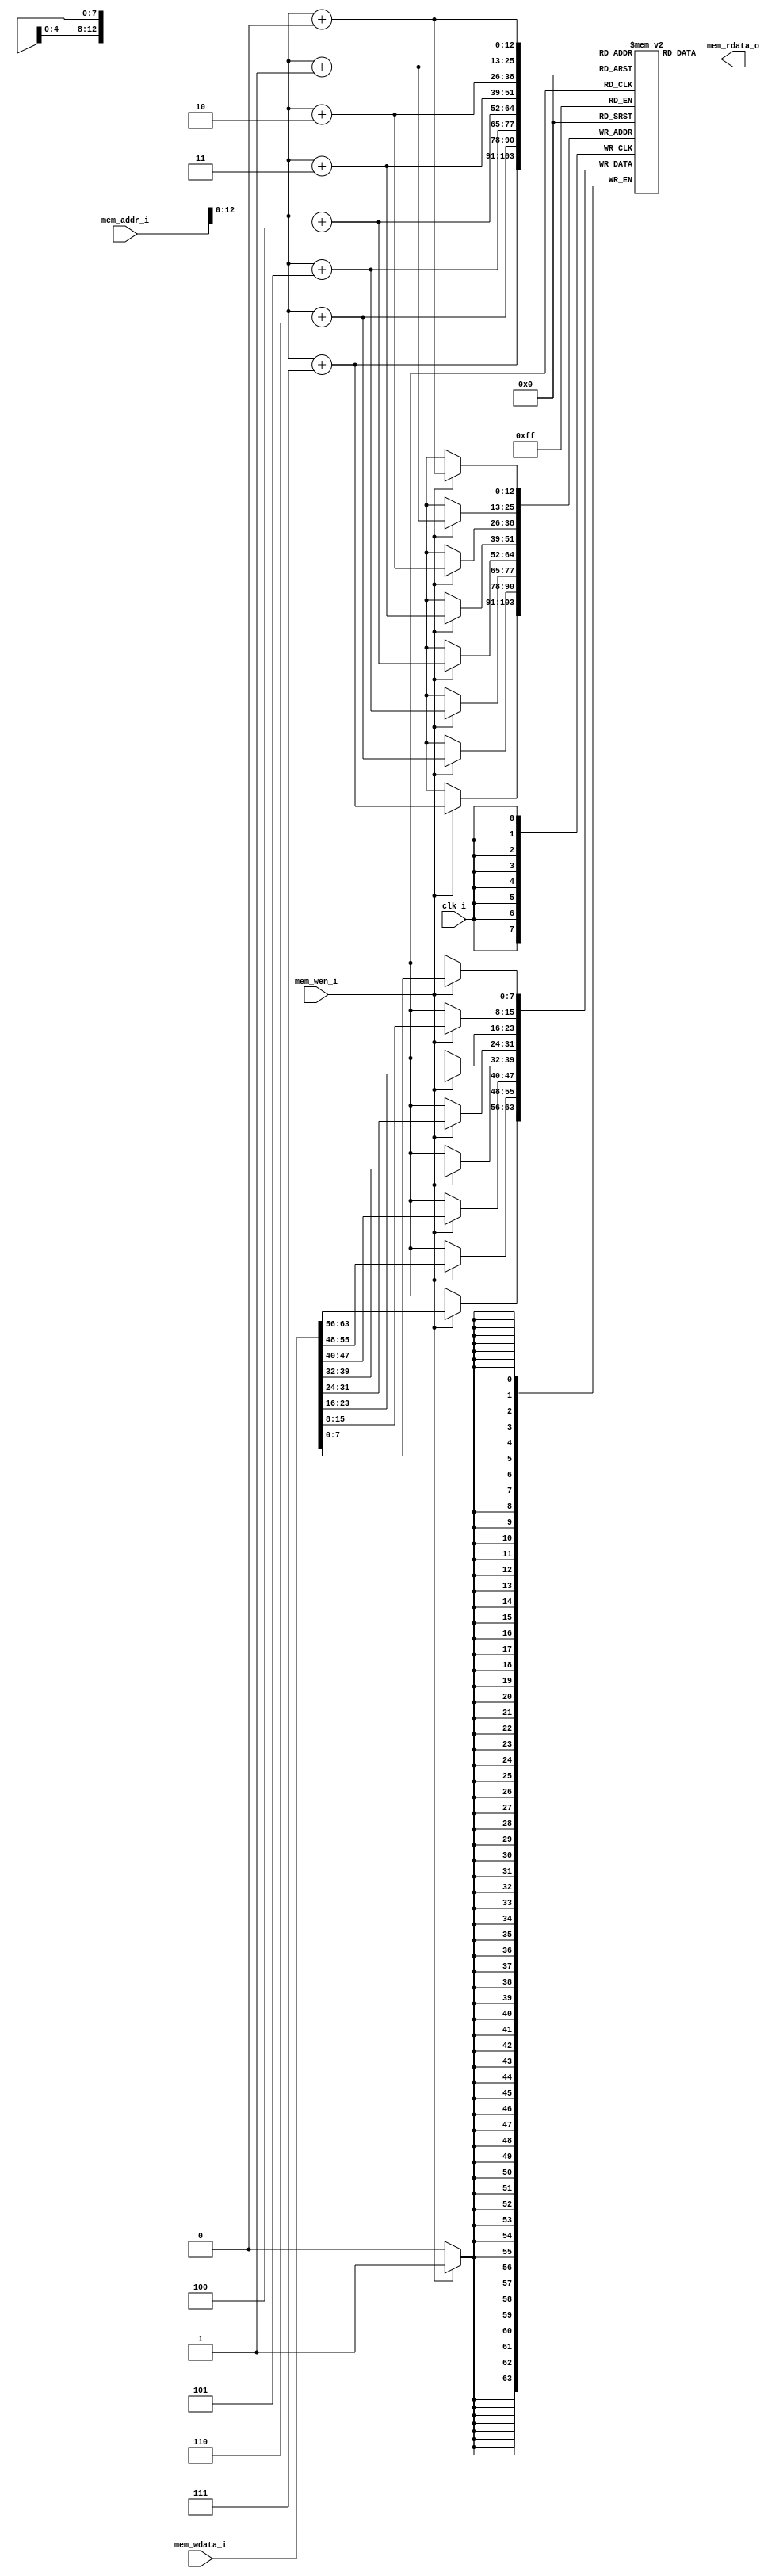
module data_ram(
    input           clk_i,
    input [63:0]    mem_addr_i,
    input [63:0]    mem_wdata_i,
    input           mem_wen_i,
    output [63:0]   mem_rdata_o
);

    reg [7:0] data_mem[4999:0];

    initial begin
        // For data_data_memory:
        // 00000000000012e8 <elements>:
        data_mem[4808] = 'hff;
        data_mem[4809] = 'hff;
        data_mem[4810] = 'hff;
        data_mem[4811] = 'hff;
        data_mem[4812] = 'h32;
        data_mem[4813] = 'h00;
        data_mem[4814] = 'h00;
        data_mem[4815] = 'h00;
        data_mem[4816] = 'h0a;
        data_mem[4817] = 'h00;
        data_mem[4818] = 'h00;
        data_mem[4819] = 'h00;
        data_mem[4820] = 'h5a;
        data_mem[4821] = 'h00;
        data_mem[4822] = 'h00;
        data_mem[4823] = 'h00;
        data_mem[4824] = 'h1e;
        data_mem[4825] = 'h00;
        data_mem[4826] = 'h00;
        data_mem[4827] = 'h00;
        data_mem[4828] = 'hba;
        data_mem[4829] = 'hff;
        data_mem[4830] = 'hff;
        data_mem[4831] = 'hff;
        data_mem[4832] = 'h28;
        data_mem[4833] = 'h00;
        data_mem[4834] = 'h00;
        data_mem[4835] = 'h00;
        data_mem[4836] = 'h50;
        data_mem[4837] = 'h00;
        data_mem[4838] = 'h00;
        data_mem[4839] = 'h00;
        data_mem[4840] = 'h3c;
        data_mem[4841] = 'h00;
        data_mem[4842] = 'h00;
        data_mem[4843] = 'h00;
        data_mem[4844] = 'h14;
        data_mem[4845] = 'h00;
        data_mem[4846] = 'h00;
        data_mem[4847] = 'h00;
    end

    always@(posedge clk_i)begin
        if(mem_wen_i)begin
            data_mem[mem_addr_i + 4'd0] <= mem_wdata_i[7:0];
            data_mem[mem_addr_i + 4'd1] <= mem_wdata_i[15:8];
            data_mem[mem_addr_i + 4'd2] <= mem_wdata_i[23:16];
            data_mem[mem_addr_i + 4'd3] <= mem_wdata_i[31:24];
            data_mem[mem_addr_i + 4'd4] <= mem_wdata_i[39:32];
            data_mem[mem_addr_i + 4'd5] <= mem_wdata_i[47:40];
            data_mem[mem_addr_i + 4'd6] <= mem_wdata_i[55:48];
            data_mem[mem_addr_i + 4'd7] <= mem_wdata_i[63:56];
        end
    end

    assign mem_rdata_o = {
                          data_mem[mem_addr_i + 7],
                          data_mem[mem_addr_i + 6],
                          data_mem[mem_addr_i + 5],
                          data_mem[mem_addr_i + 4],
                          data_mem[mem_addr_i + 3],
                          data_mem[mem_addr_i + 2],
                          data_mem[mem_addr_i + 1],
                          data_mem[mem_addr_i + 0]
                         };

endmodule